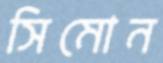
সিমোন